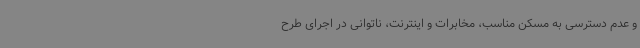
و عدم دسترسی به مسکن مناسب، مخابرات و اینترنت، ناتوانی در اجرای طرح